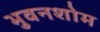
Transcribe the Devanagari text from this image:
भुवनशोम